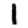
Digit: 1